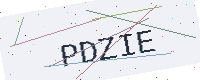
Text: PDZIE